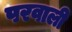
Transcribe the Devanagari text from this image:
परवाली